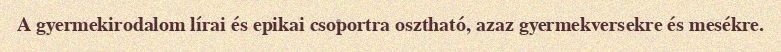
A gyermekirodalom lírai és epikai csoportra osztható, azaz gyermekversekre és mesékre.